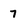
Character: 7